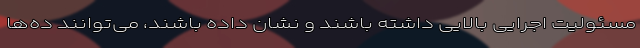
مسئولیت اجرایی بالایی داشته باشند و نشان داده باشند، می‌توانند ده‌ها